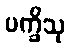
ပက္ခိသု